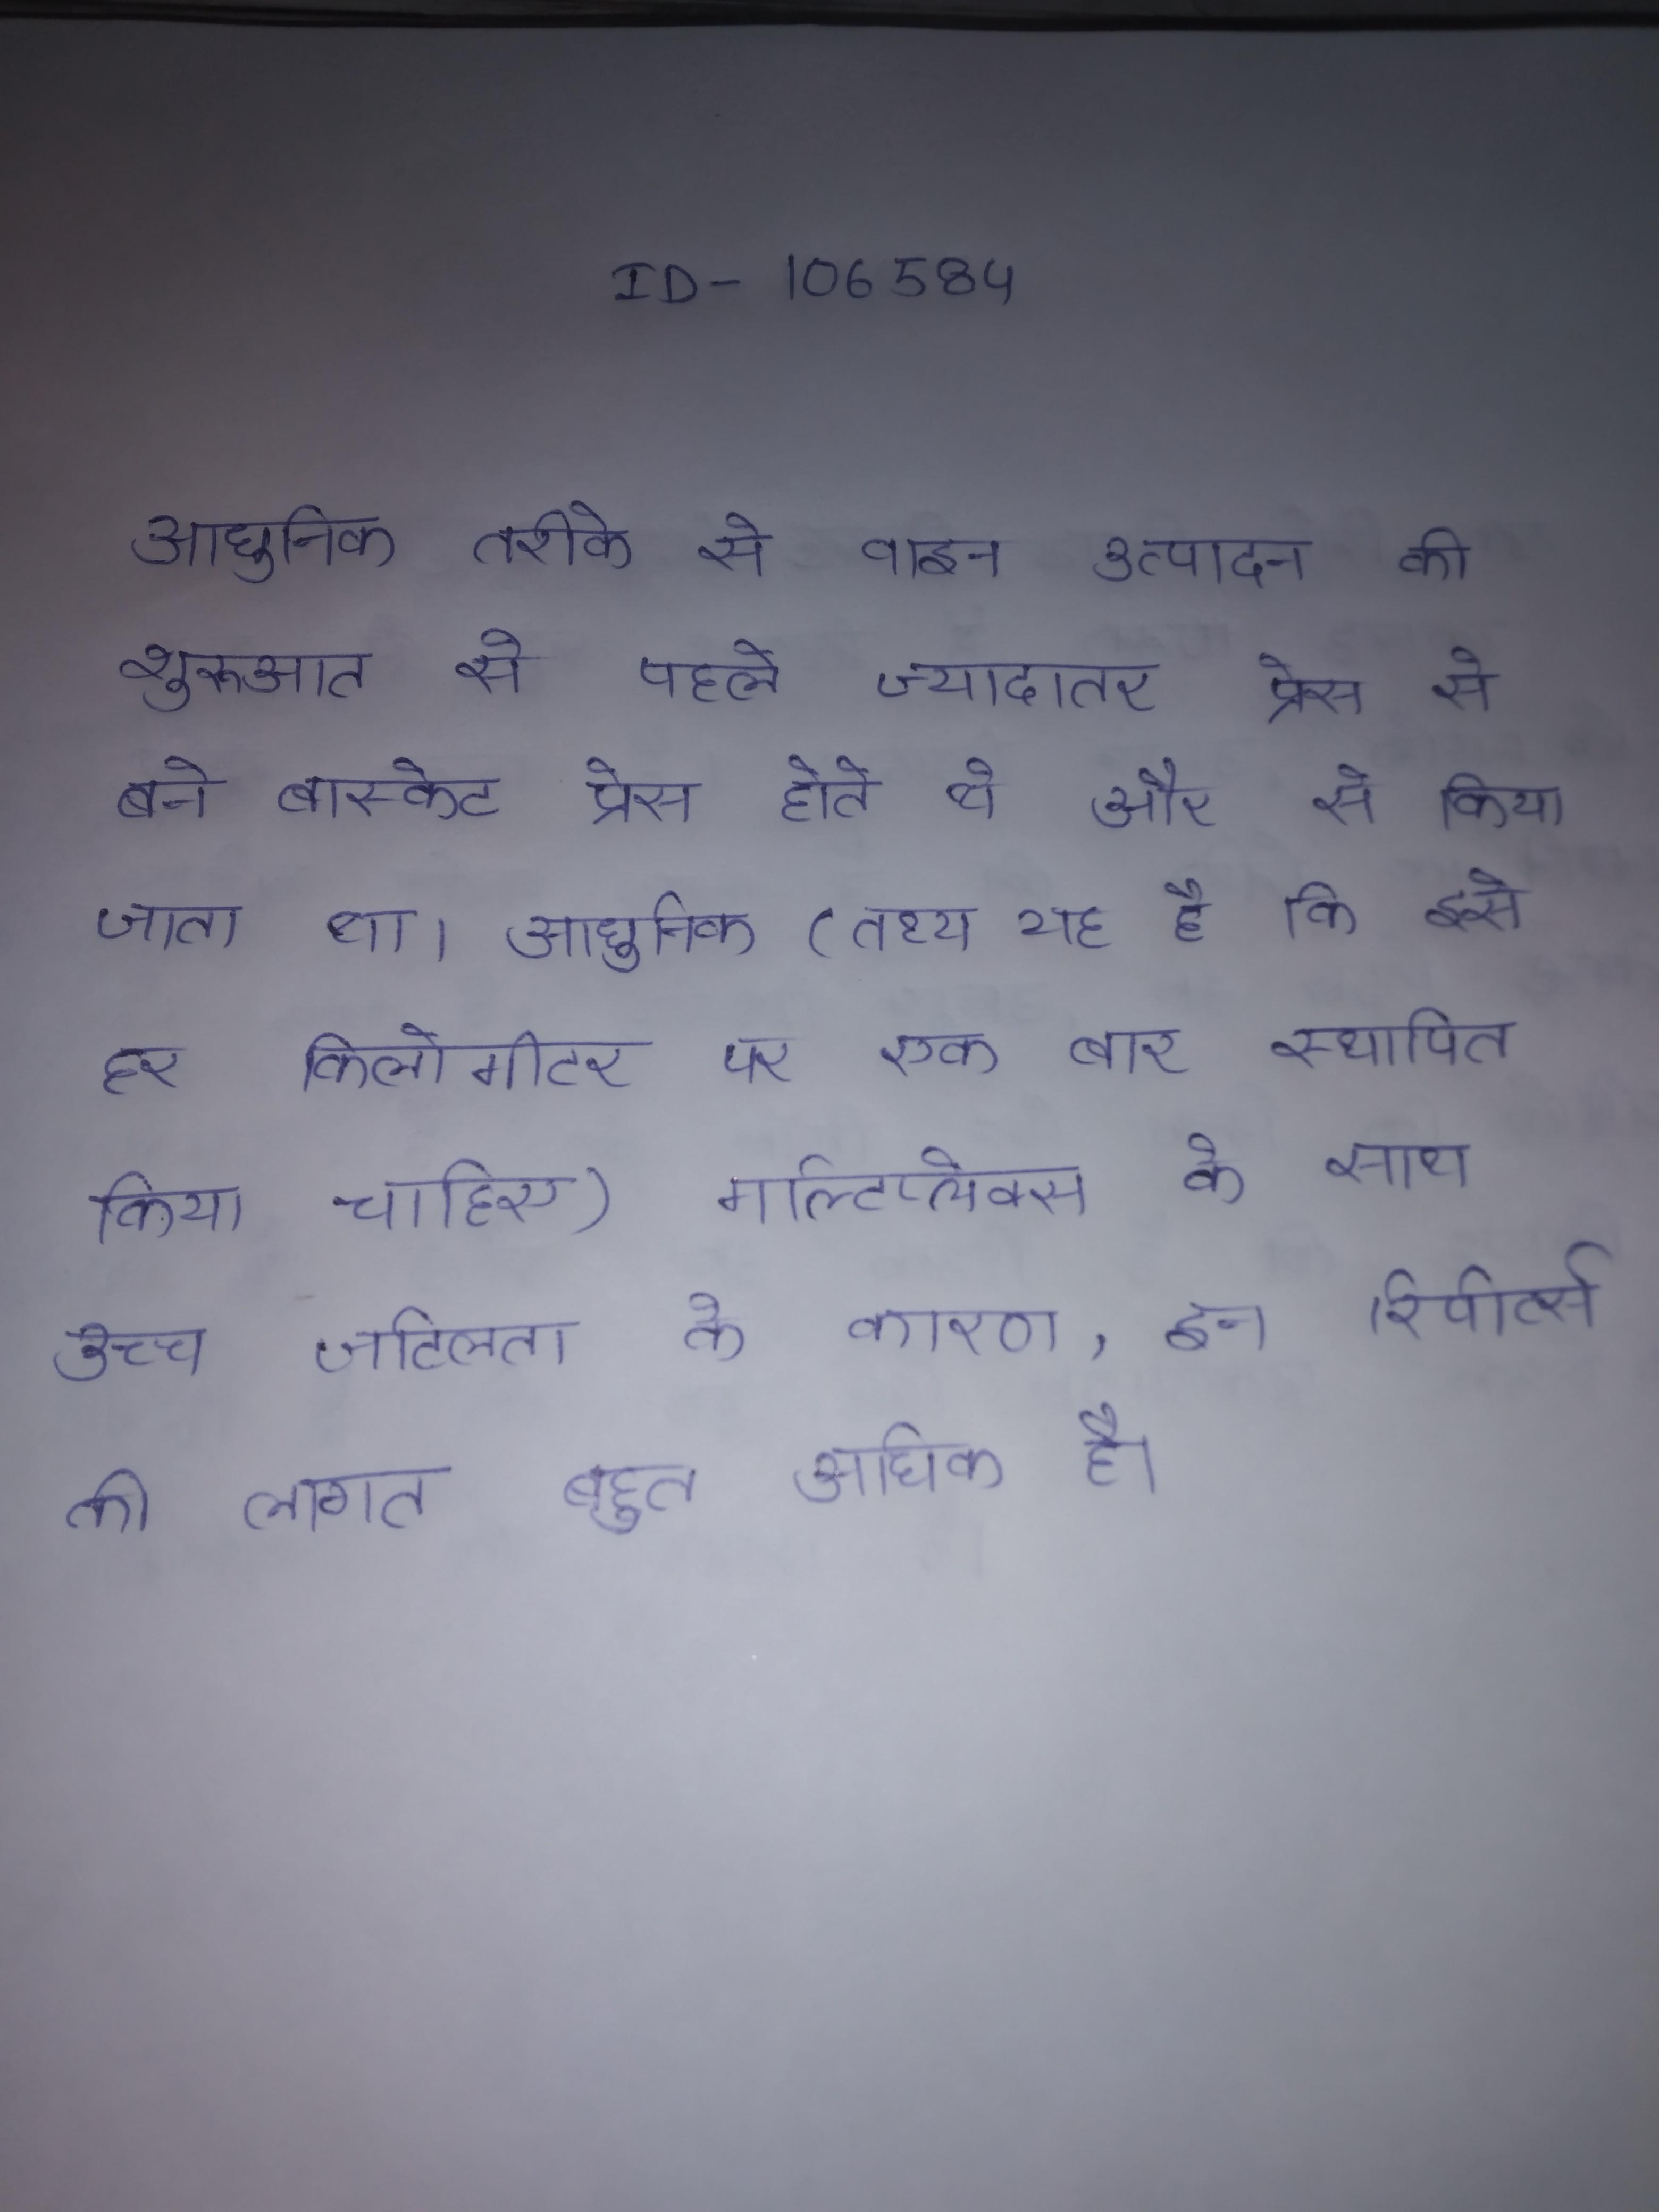
आधुनिक तरीके से वाइन उत्पादन की शुरुआत से पहले ज्यादातर प्रेस से बने बास्केट प्रेस होते थे और से किया जाता था । आधुनिक (तथ्य यह है कि इसे हर किलोमीटर पर एक बार स्थापित किया चाहिए) मल्टिप्लेक्स के साथ उच्च जटिलता के कारण, इन रिपीटर्स की लागत बहुत अधिक है ।